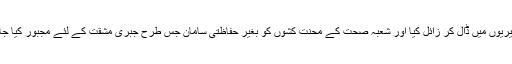
عدالتوں نے جس طرح سے گرینڈ ہیلتھ الائنس کی شاندار نجکاری مخالف تحریک کو عدالتی فیصلوں کی گھمن گھیریوں میں ڈال کر زائل کیا اور شعبہ صحت کے محنت کشوں کو بغیر حفاظتی سامان جس طرح جبری مشقت کے لئے مجبور کیا جا رہا ہے، یہ ایک مثال ہی اس سرمایہ داروں کے گماشتہ ادارے کے اصل کردار کی وضاحت کے لئے کافی ہے۔